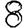
Digit: 8